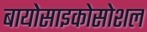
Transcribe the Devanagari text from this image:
बायोसाइकोसोशल